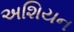
અશિયન